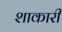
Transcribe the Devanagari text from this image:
शाकारी